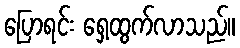
ပြောရင်း ရှေ့ထွက်လာသည်။